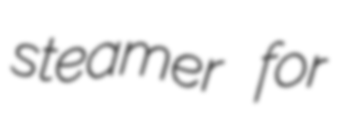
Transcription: steamer for